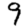
Digit: 9